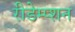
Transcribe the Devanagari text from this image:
रीडेम्प्शन